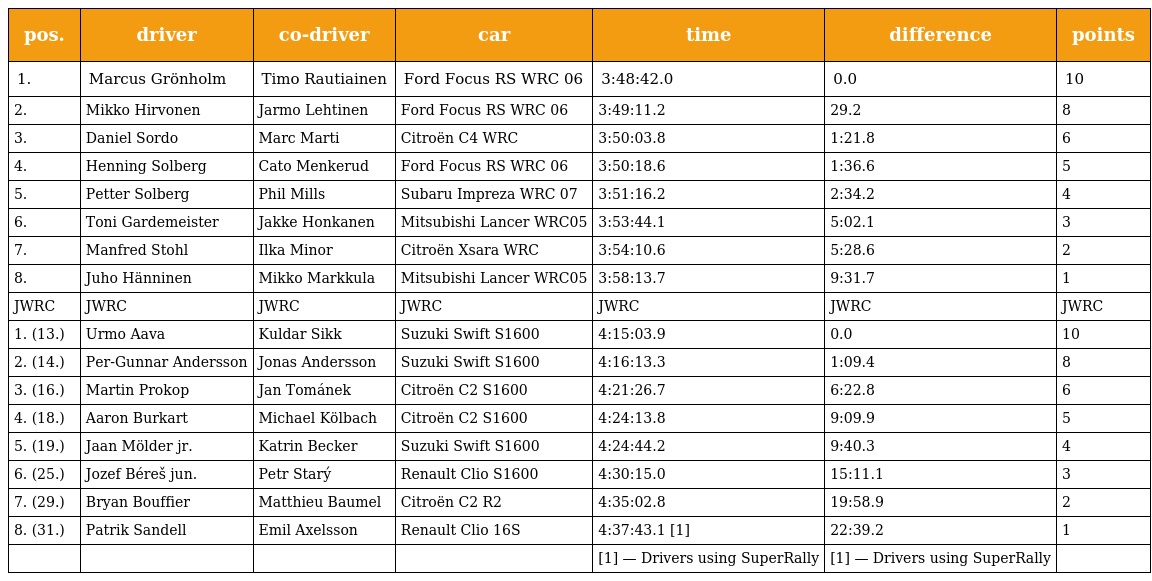
| pos. | driver | co-driver | car | time | difference | points |
 | --- | --- | --- | --- | --- | --- | --- |
 | 1. | Marcus Grönholm | Timo Rautiainen | Ford Focus RS WRC 06 | 3:48:42.0 | 0.0 | 10 |
 | 2. | Mikko Hirvonen | Jarmo Lehtinen | Ford Focus RS WRC 06 | 3:49:11.2 | 29.2 | 8 |
 | 3. | Daniel Sordo | Marc Marti | Citroën C4 WRC | 3:50:03.8 | 1:21.8 | 6 |
 | 4. | Henning Solberg | Cato Menkerud | Ford Focus RS WRC 06 | 3:50:18.6 | 1:36.6 | 5 |
 | 5. | Petter Solberg | Phil Mills | Subaru Impreza WRC 07 | 3:51:16.2 | 2:34.2 | 4 |
 | 6. | Toni Gardemeister | Jakke Honkanen | Mitsubishi Lancer WRC05 | 3:53:44.1 | 5:02.1 | 3 |
 | 7. | Manfred Stohl | Ilka Minor | Citroën Xsara WRC | 3:54:10.6 | 5:28.6 | 2 |
 | 8. | Juho Hänninen | Mikko Markkula | Mitsubishi Lancer WRC05 | 3:58:13.7 | 9:31.7 | 1 |
 | JWRC | JWRC | JWRC | JWRC | JWRC | JWRC | JWRC |
 | 1. (13.) | Urmo Aava | Kuldar Sikk | Suzuki Swift S1600 | 4:15:03.9 | 0.0 | 10 |
 | 2. (14.) | Per-Gunnar Andersson | Jonas Andersson | Suzuki Swift S1600 | 4:16:13.3 | 1:09.4 | 8 |
 | 3. (16.) | Martin Prokop | Jan Tománek | Citroën C2 S1600 | 4:21:26.7 | 6:22.8 | 6 |
 | 4. (18.) | Aaron Burkart | Michael Kölbach | Citroën C2 S1600 | 4:24:13.8 | 9:09.9 | 5 |
 | 5. (19.) | Jaan Mölder jr. | Katrin Becker | Suzuki Swift S1600 | 4:24:44.2 | 9:40.3 | 4 |
 | 6. (25.) | Jozef Béreš jun. | Petr Starý | Renault Clio S1600 | 4:30:15.0 | 15:11.1 | 3 |
 | 7. (29.) | Bryan Bouffier | Matthieu Baumel | Citroën C2 R2 | 4:35:02.8 | 19:58.9 | 2 |
 | 8. (31.) | Patrik Sandell | Emil Axelsson | Renault Clio 16S | 4:37:43.1 [1] | 22:39.2 | 1 |
 |  |  |  |  | [1] — Drivers using SuperRally | [1] — Drivers using SuperRally |  |